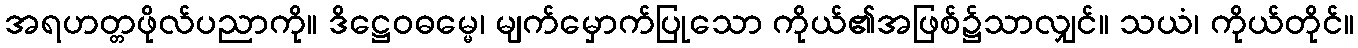
အရဟတ္တဖိုလ်ပညာကို။ ဒိဋ္ဌေဝဓမ္မေ၊ မျက်မှောက်ပြုသော ကိုယ်၏အဖြစ်၌သာလျှင်။ သယံ၊ ကိုယ်တိုင်။